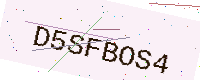
Text: D5SFBOS4